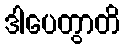
ဒါပေတွာတိ